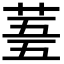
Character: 𮏓